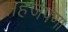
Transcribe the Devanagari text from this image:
सहजपणा